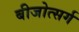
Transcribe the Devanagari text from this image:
बीजोत्सर्ग